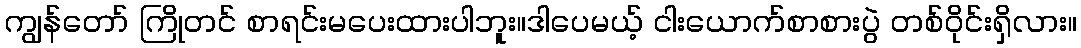
ကျွန်တော် ကြိုတင် စာရင်းမပေးထားပါဘူး။ဒါပေမယ့် ငါးယောက်စာစားပွဲ တစ်ဝိုင်းရှိလား။